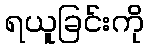
ရယူခြင်းကို